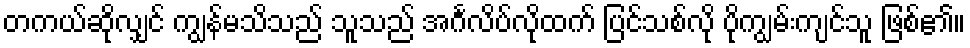
တကယ်ဆိုလျှင် ကျွန်မသိသည် သူသည် အင်္ဂလိပ်လိုထက် ပြင်သစ်လို ပိုကျွမ်းကျင်သူ ဖြစ်၏။